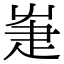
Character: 𤴗